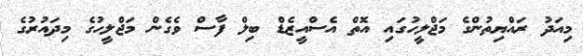
މިއަދު ރައްޔިތުންގެ މަޖްލީހުގައި އޮތް އެސްއީޒެޑް ބިލް ފާސް ވެގެން މަޖްލީހުގެ މިދައުރުގެ